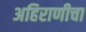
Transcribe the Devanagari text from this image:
अहिराणीचा